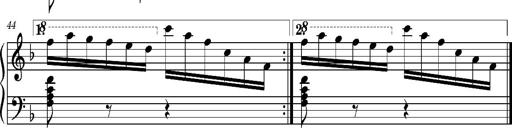
Title: Ungarischer Romanzero
Composer: Franz Liszt